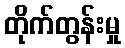
တိုက်တွန်းမှု